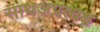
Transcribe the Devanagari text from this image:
साथअप्रत्यक्ष